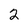
Character: 2